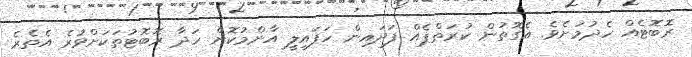
ރޮބޮޓެއް ހެދުމަށެވެ. އެގޮތުން ކުރަތްޕެއް ފަދައިން ހަފައިލީ އާންމުކޮށް ހަދާ ރޮބޮޓުތަކަށްވުރެ އެތެރެ